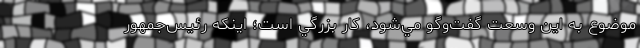
موضوع به اين وسعت گفت‌وگو مي‌شود، کار بزرگي است؛ اينکه رئيس‌جمهور